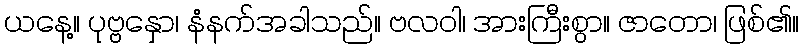
ယနေ့။ ပုဗ္ဗနှော၊ နံနက်အခါသည်။ ဗလဝါ၊ အားကြီးစွာ။ ဇာတော၊ ဖြစ်၏။